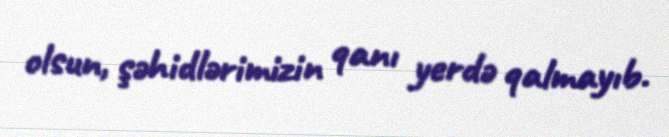
olsun, şəhidlərimizin qanı yerdə qalmayıb.